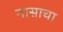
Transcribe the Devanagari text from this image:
नासाचा